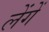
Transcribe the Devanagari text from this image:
लेंगें